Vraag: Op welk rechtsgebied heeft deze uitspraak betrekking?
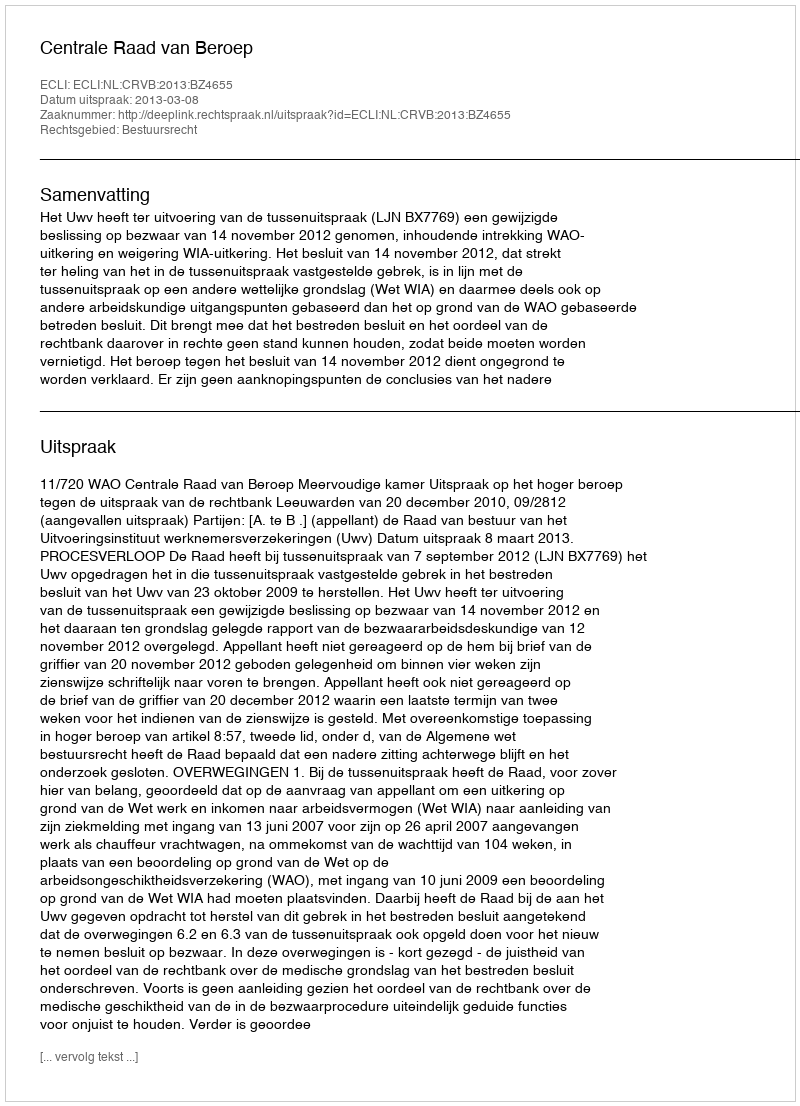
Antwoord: Bestuursrecht